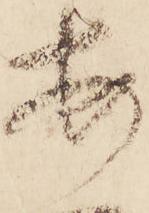
安